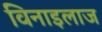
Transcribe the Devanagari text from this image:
विनाइलाज